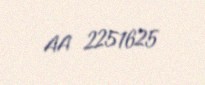
AA 2251625